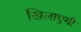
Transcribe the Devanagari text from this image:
खिलाएगी